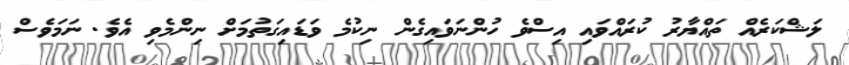
ލަޝްކަރެއް ތައްޔާރު ކުރައްވައި އިސްވެ ހުންނަވައިގެން ނިކުމެ ވަޑައިގަތުމަށް ނިންމެވި އެވެ. ނަމަވެސް